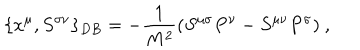
LaTeX: \{ x ^ { \mu } , S ^ { \sigma \nu } \} _ { D B } = - \frac { 1 } { M ^ { 2 } } ( S ^ { \mu \sigma } P ^ { \nu } - S ^ { \mu \nu } P ^ { \sigma } ) ~ ,